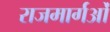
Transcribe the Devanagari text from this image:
राजमार्गओं